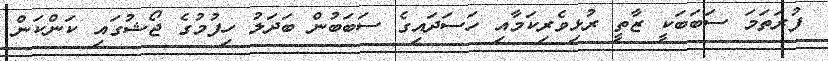
ފުރަތަމަ ސަބަބަކީ ޒާތީ ރުޅިވެރިކަމާއި ހަސަދައިގެ ސަބަބުން ބަދަލު ހިފުމުގެ ޖޯޝުގައި ކަންކަން